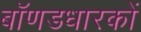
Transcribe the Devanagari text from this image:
बॉणडधारकों